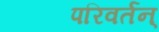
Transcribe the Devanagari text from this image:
परिवर्तन्